Indian journal of veterinary science and animal husbandry - Volume 13,
Year: 1943
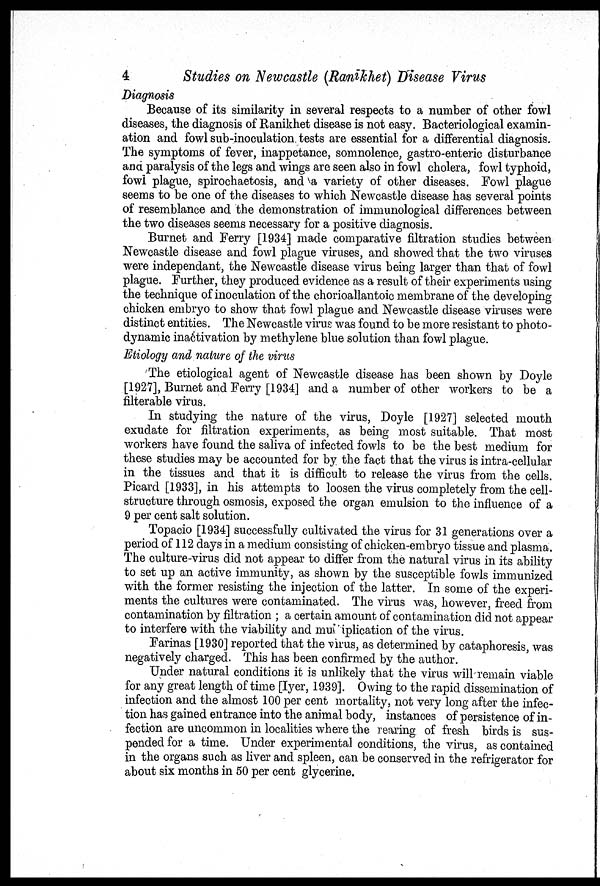
4
Studies on Newcastle (Ranikhet) Disease Virus
Diagnosis
Because of its similarity in several respects to a number of other fowl
diseases, the diagnosis of Ranikhet disease is not easy. Bacteriological examin-
ation and fowl sub-inoculation tests are essential for a differential diagnosis.
The symptoms of fever, inappetance, somnolence, gastro-enteric disturbance
and paralysis of the legs and wings are seen also in fowl cholera, fowl typhoid,
fowl plague, spirochaetosis, and a variety of other diseases. Fowl plague
seems to be one of the diseases to which Newcastle disease has several points
of resemblance and the demonstration of immunological differences between
the two diseases seems necessary for a positive diagnosis.
Burnet and Ferry [1934] made comparative filtration studies between
Newcastle disease and fowl plague viruses, and showed that the two viruses
were independant, the Newcastle disease virus being larger than that of fowl
plague. Further, they produced evidence as a result of their experiments using
the technique of inoculation of the chorioallantoic membrane of the developing
chicken embryo to show that fowl plague and Newcastle disease viruses were
distinct entities. The Newcastle virus was found to be more resistant to photo-
dynamic inactivation by methylene blue solution than fowl plague.
Etiology and nature of the virus
The etiological agent of Newcastle disease has been shown by Doyle
[1927], Burnet and Ferry [1934] and a number of other workers to be a
filterable virus.
In studying the nature of the virus, Doyle [1927] selected mouth
exudate for filtration experiments, as being most suitable. That most
workers have found the saliva of infected fowls to be the best medium for
these studies may be accounted for by the fact that the virus is intra-cellular
in the tissues and that it is difficult to release the virus from the cells.
Picard [1933], in his attempts to loosen the virus completely from the cell-
structure through osmosis, exposed the organ emulsion to the influence of a
9 per cent salt solution.
Topacio [1934] successfully cultivated the virus for 31 generations over a
period of 112 days in a medium consisting of chicken-embryo tissue and plasma.
The culture-virus did not appear to differ from the natural virus in its ability
to set up an active immunity, as shown by the susceptible fowls immunized
with the former resisting the injection of the latter. In some of the experi-
ments the cultures were contaminated. The virus was, however, freed from
contamination by filtration ; a certain amount of contamination did not appear
to interfere with the viability and multiplication of the virus.
Farinas [1930] reported that the virus, as determined by cataphoresis, was
negatively charged. This has been confirmed by the author.
Under natural conditions it is unlikely that the virus will remain viable
for any great length of time [Iyer, 1939]. Owing to the rapid dissemination of
infection and the almost 100 per cent mortality, not very long after the infec-
tion has gained entrance into the animal body, instances of persistence of in-
fection are uncommon in localities where the rearing of fresh birds is sus-
pended for a time. Under experimental conditions, the virus, as contained
in the organs such as liver and spleen, can be conserved in the refrigerator for
about six months in 50 per cent glycerine.